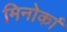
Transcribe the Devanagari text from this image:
मिनोर्का